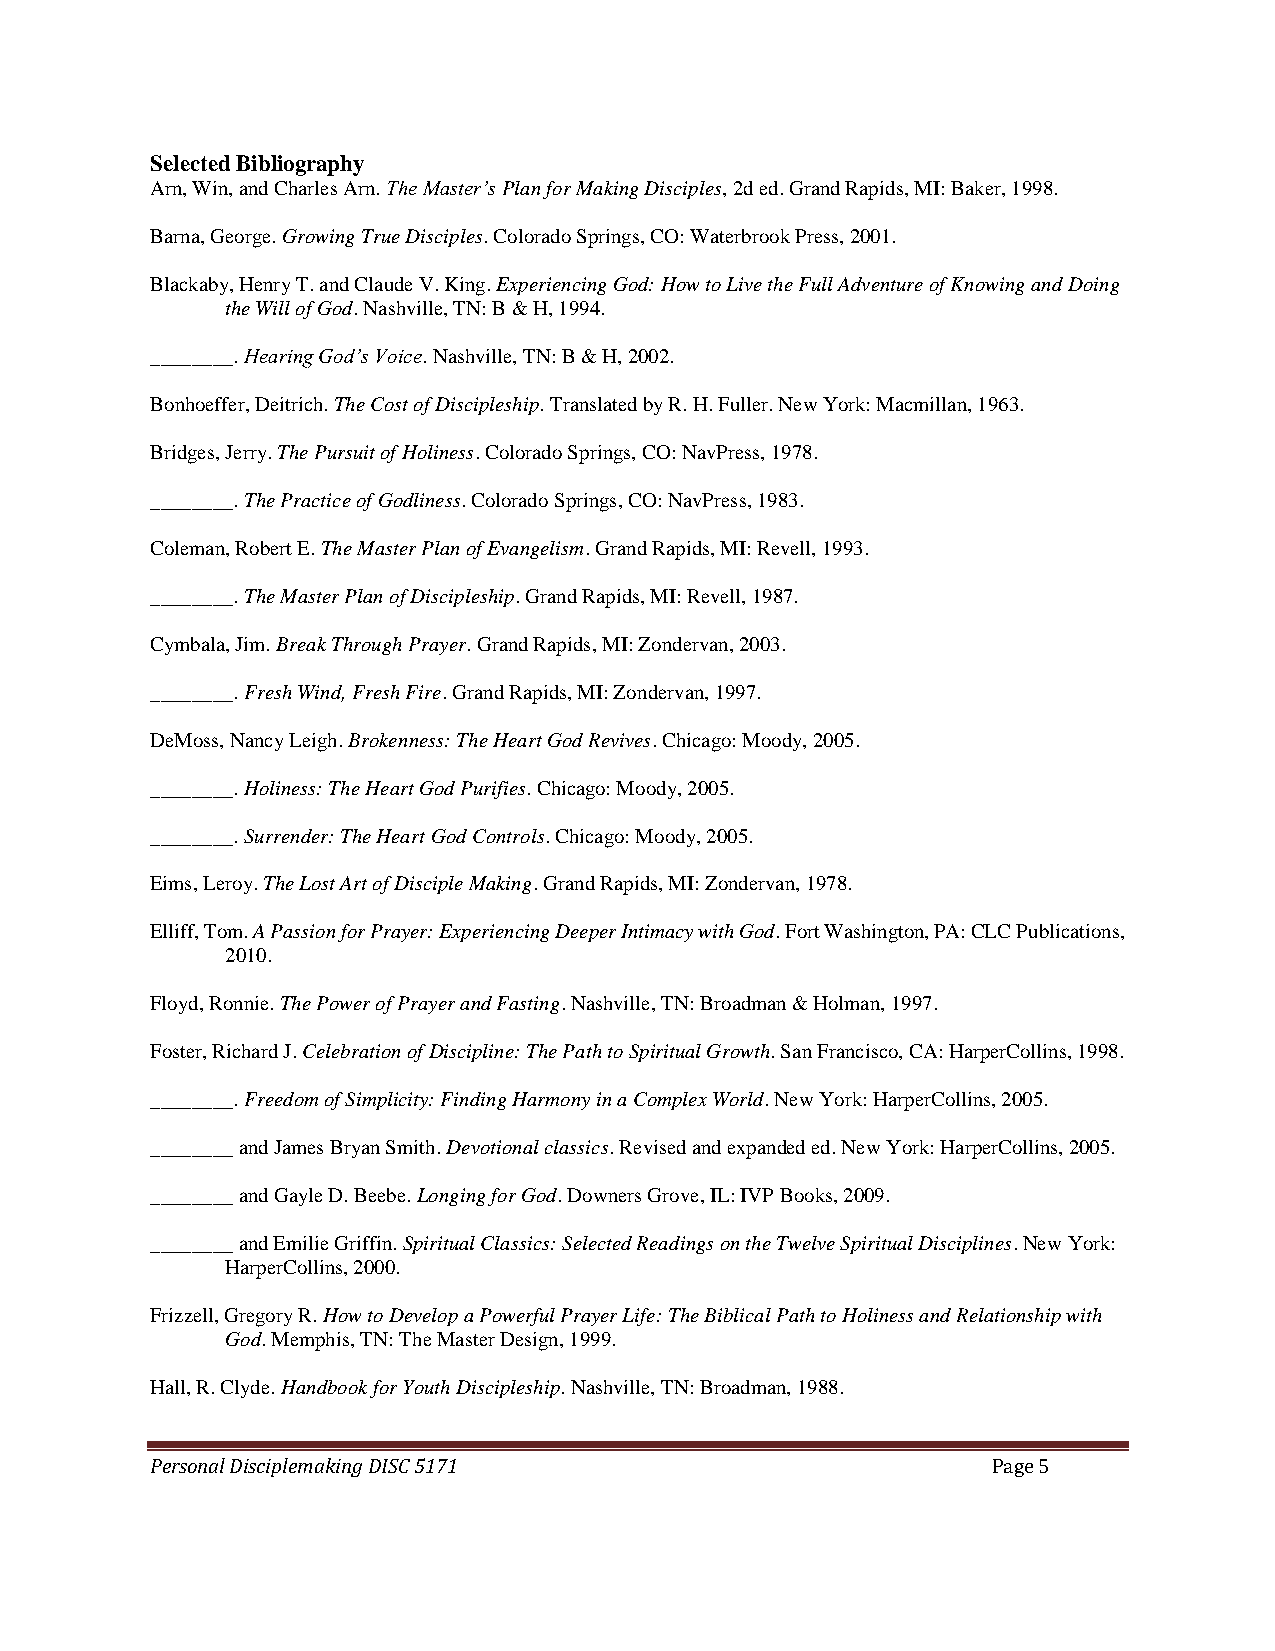
Selected Bibliography
 Arn, Win, and Charles Arn. The Master’s Plan for Making Disciples, 2d ed. Grand Rapids, MI: Baker, 1998.
 Barna, George. Growing True Disciples. Colorado Springs, CO: Waterbrook Press, 2001.
 Blackaby, Henry T. and Claude V. King. Experiencing God: How to Live the Full Adventure of Knowing and Doing
 the Will of God. Nashville, TN: B & H, 1994.
 ________. Hearing God’s Voice. Nashville, TN: B & H, 2002.
 Bonhoeffer, Deitrich. The Cost of Discipleship. Translated by R. H. Fuller. New York: Macmillan, 1963.
 Bridges, Jerry. The Pursuit of Holiness. Colorado Springs, CO: NavPress, 1978.
 ________. The Practice of Godliness. Colorado Springs, CO: NavPress, 1983.
 Coleman, Robert E. The Master Plan of Evangelism. Grand Rapids, MI: Revell, 1993.
 ________. The Master Plan of Discipleship. Grand Rapids, MI: Revell, 1987.
 Cymbala, Jim. Break Through Prayer. Grand Rapids, MI: Zondervan, 2003.
 ________. Fresh Wind, Fresh Fire. Grand Rapids, MI: Zondervan, 1997.
 DeMoss, Nancy Leigh. Brokenness: The Heart God Revives. Chicago: Moody, 2005.
 ________. Holiness: The Heart God Purifies. Chicago: Moody, 2005.
 ________. Surrender: The Heart God Controls. Chicago: Moody, 2005.
 Eims, Leroy. The Lost Art of Disciple Making. Grand Rapids, MI: Zondervan, 1978.
 Elliff, Tom. A Passion for Prayer: Experiencing Deeper Intimacy with God. Fort Washington, PA: CLC Publications,
 2010.
 Floyd, Ronnie. The Power of Prayer and Fasting. Nashville, TN: Broadman & Holman, 1997.
 Foster, Richard J. Celebration of Discipline: The Path to Spiritual Growth. San Francisco, CA: HarperCollins, 1998.
 ________. Freedom of Simplicity: Finding Harmony in a Complex World. New York: HarperCollins, 2005.
 ________ and James Bryan Smith. Devotional classics. Revised and expanded ed. New York: HarperCollins, 2005.
 ________ and Gayle D. Beebe. Longing for God. Downers Grove, IL: IVP Books, 2009.
 ________ and Emilie Griffin. Spiritual Classics: Selected Readings on the Twelve Spiritual Disciplines. New York:
 HarperCollins, 2000.
 Frizzell, Gregory R. How to Develop a Powerful Prayer Life: The Biblical Path to Holiness and Relationship with
 God. Memphis, TN: The Master Design, 1999.
 Hall, R. Clyde. Handbook for Youth Discipleship. Nashville, TN: Broadman, 1988.
 Personal Disciplemaking DISC 5171                       Page 5